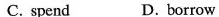
C. spend D. borrow